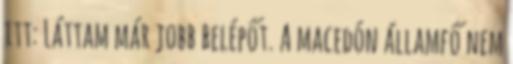
itt: Láttam már jobb belépőt. A macedón államfő nem